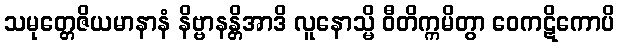
သမုတ္တေဇိယမာနာနံ နိဗ္ဗာနန္တိအာဒိ လူနောသ္မိ ဝီတိက္ကမိတွာ ဝေကဋိကောပိ